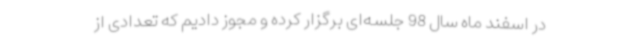
در اسفند ماه سال 98 جلسه‌ای برگزار کرده و مجوز دادیم که تعدادی از